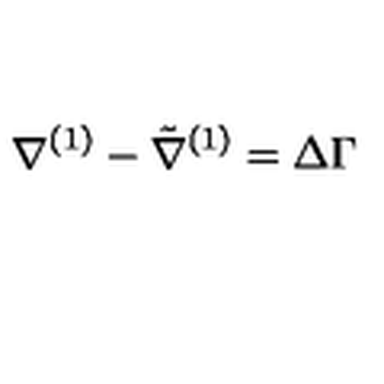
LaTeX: \nabla ^ { ( 1 ) } - \tilde { \nabla } ^ { ( 1 ) } = \Delta \Gamma